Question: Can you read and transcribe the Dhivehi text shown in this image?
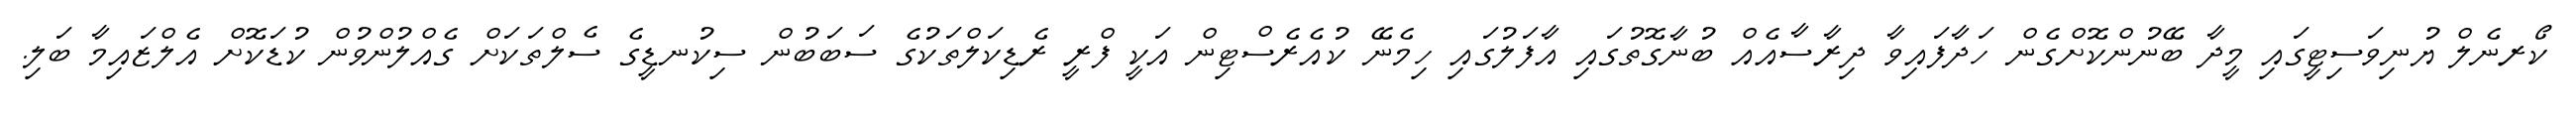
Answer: ކޯރނެލް ޔުނިވަސިޓީގައި މީދާ ބޭނުންކޮށްގެން ހަދާފައިވާ ދިރާސާއެއް ބުނާގޮތުގައި އާފަލުގައި ހިމެނޭ ކުއެރެސްޓިން އަކީ ފްރީ ރެޑިކަލްތަކުގެ ސަބަބުން ސިކުނޑީގެ ސެލްތަކަށް ގެއްލުންވުން ކުޑަކޮށް އެލްޒައިމާ ބަލި.